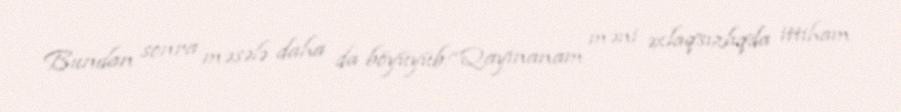
Bundan sonra məsələ daha da böyüyüb:“Qayınanam məni əxlaqsızlıqda ittiham